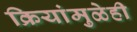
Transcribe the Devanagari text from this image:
क्रियांमुळेही